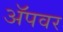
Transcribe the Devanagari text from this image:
अॅपवर